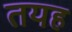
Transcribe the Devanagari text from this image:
तयह